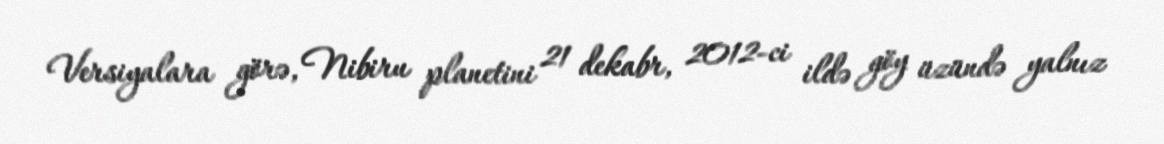
Versiyalara görə, Nibiru planetini 21 dekabr, 2012-ci ildə göy üzündə yalnız